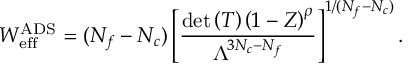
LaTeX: W _ { \mathrm { e f f } } ^ { \mathrm { A D S } } = ( N _ { f } - N _ { c } ) \left[ \frac { \mathrm { d e t } \left( T \right) \left( 1 - Z \right) ^ { \rho } } { \Lambda ^ { 3 N _ { c } - N _ { f } } } \right] ^ { 1 / ( N _ { f } - N _ { c } ) } .